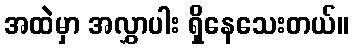
အထဲမှာ အလွှာပါး ရှိနေသေးတယ်။